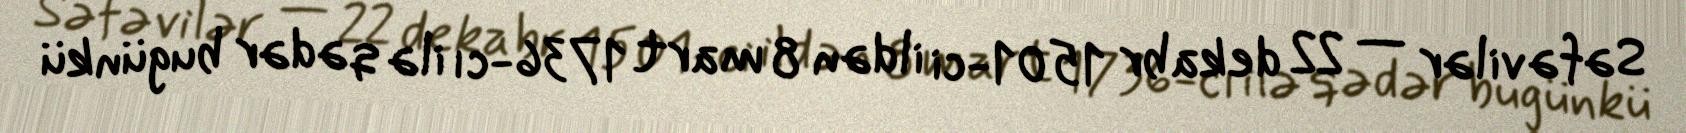
Səfəvilər — 22 dekabr 1501-ci ildən 8 mart 1736-cı ilə qədər bugünkü